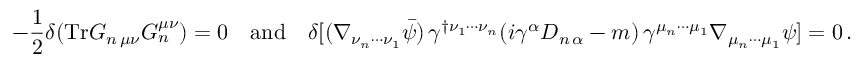
- \frac { 1 } { 2 } \delta ( \mathrm { T r } G _ { n \, \mu \nu } G _ { n } ^ { \mu \nu } ) = 0 \quad \mathrm { a n d } \quad \delta [ ( \nabla _ { \nu _ { n } \cdots \nu _ { 1 } } \bar { \psi } ) \, \gamma ^ { \dagger \nu _ { 1 } \cdots \nu _ { n } } ( i \gamma ^ { \alpha } D _ { n \, \alpha } - m ) \, \gamma ^ { \mu _ { n } \cdots \mu _ { 1 } } \nabla _ { \mu _ { n } \cdots \mu _ { 1 } } \psi ] = 0 \, .